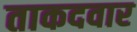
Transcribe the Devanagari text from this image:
ताकदवार